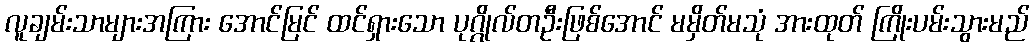
လူချမ်းသာများအကြား အောင်မြင် ထင်ရှားသော ပုဂ္ဂိုလ်တဦးဖြစ်အောင် မမှိတ်မသုံ အားထုတ် ကြိုးပမ်းသွားမည်